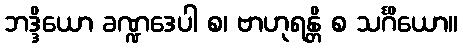
ဘဒ္ဒိယော ခဏ္ဍဒေပါ စ၊ ဗာဟုရန္တိ စ သင်္ဂိယော။